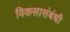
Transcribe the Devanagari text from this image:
विकसासंबंधी